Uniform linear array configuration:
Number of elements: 32
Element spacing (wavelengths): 0.5
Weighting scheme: hamming
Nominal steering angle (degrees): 0
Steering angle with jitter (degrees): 1.954
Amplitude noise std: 0.05
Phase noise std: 0.05

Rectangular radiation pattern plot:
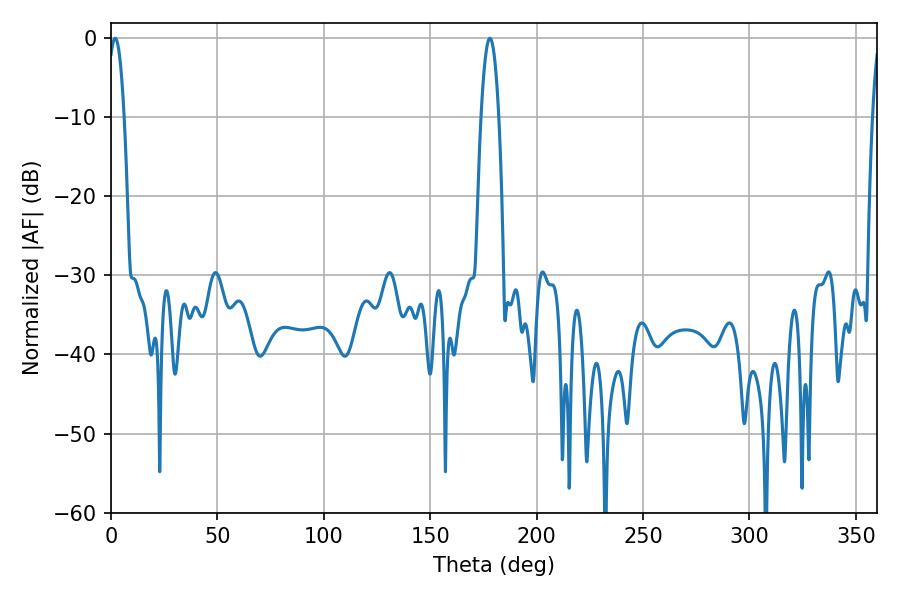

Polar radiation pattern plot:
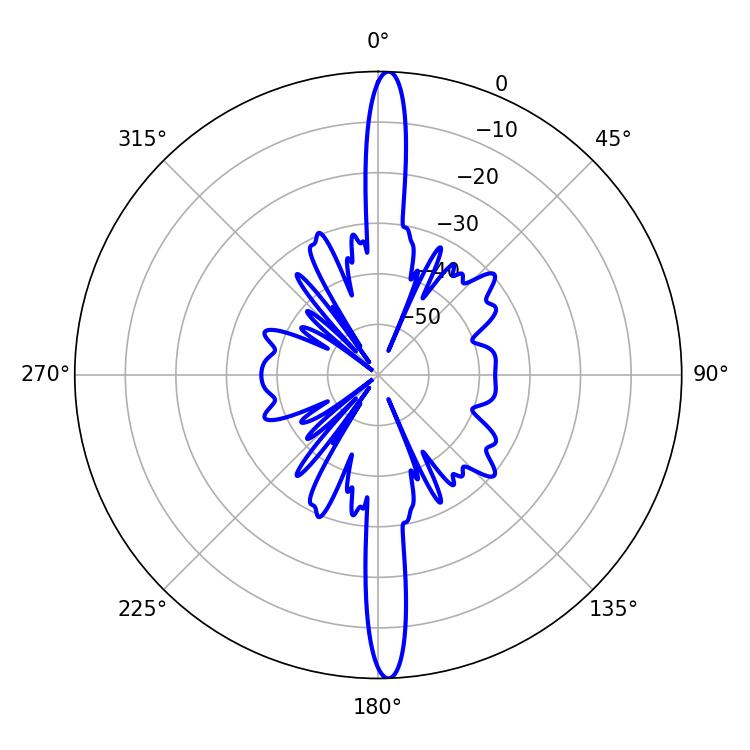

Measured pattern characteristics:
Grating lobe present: FALSE
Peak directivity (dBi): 25.033
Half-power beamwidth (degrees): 4.32
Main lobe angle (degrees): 1.98